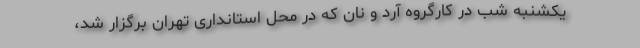
یکشنبه شب در کارگروه آرد و نان که در محل استانداری تهران برگزار شد،